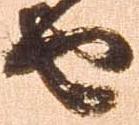
由